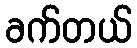
ခက်တယ်